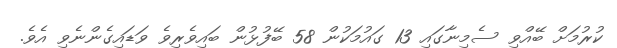
ކުރުމަށް ބޭއްވި ސެމިނާގައި 13 ގައުމަކުން 58 ބޭފުޅުން ބައިވެރިވެ ވަޑައިގެންނެވި އެވެ.